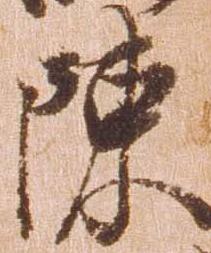
陳